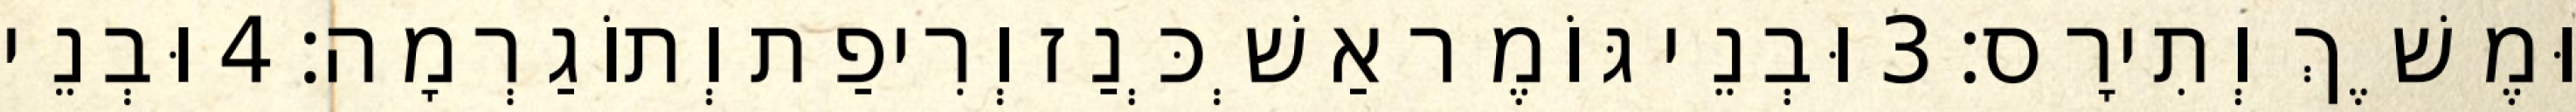
וּמֶשֶׁךְ וְתִירָס׃ 3 וּבְנֵי גּוֹמֶר אַשְׁכְּנַז וְרִיפַת וְתוֹגַרְמָה׃ 4 וּבְנֵי